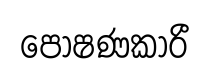
පෝෂණකාරී